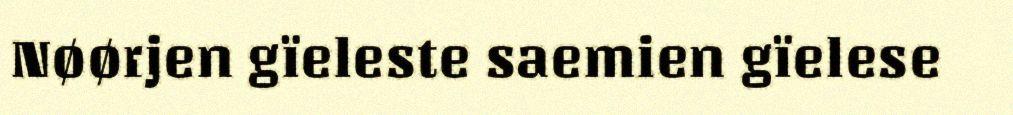
Nøørjen gïeleste saemien gïelese